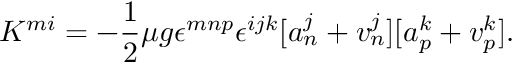
K ^ { m i } = - \frac { 1 } { 2 } \mu g \epsilon ^ { m n p } \epsilon ^ { i j k } [ a _ { n } ^ { j } + v _ { n } ^ { j } ] [ a _ { p } ^ { k } + v _ { p } ^ { k } ] .